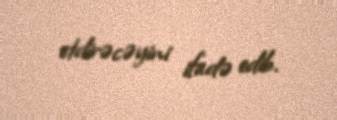
etdirəcəyini ifadə edib.